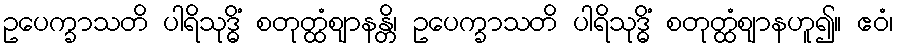
ဥပေက္ခာသတိ ပါရိသုဒ္ဓိံ စတုတ္ထံဈာနန္တိ၊ ဥပေက္ခာသတိ ပါရိသုဒ္ဓိံ စတုတ္ထံဈာနဟူ၍။ ဧဝံ၊